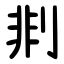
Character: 剕